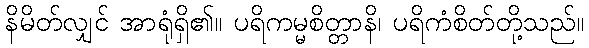
နိမိတ်လျှင် အာရုံရှိ၏။ ပရိကမ္မစိတ္တာနိ၊ ပရိကံစိတ်တို့သည်။